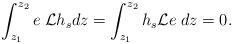
LaTeX: \begin{align*}\int_{z_1}^{z_2} e {\cal\; L}h_s dz=\int_{z_1}^{z_2} h_s{\cal L}e \;dz=0. \end{align*}